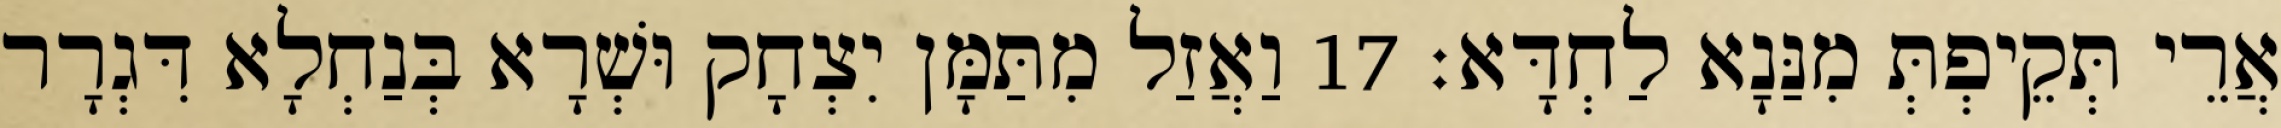
אֲרֵי תְּקֵיפְתְּ מִנַּנָא לַחְדָּא׃ 17 וַאֲזַל מִתַּמָּן יִצְחָק וּשְׁרָא בְּנַחְלָא דִּגְרָר